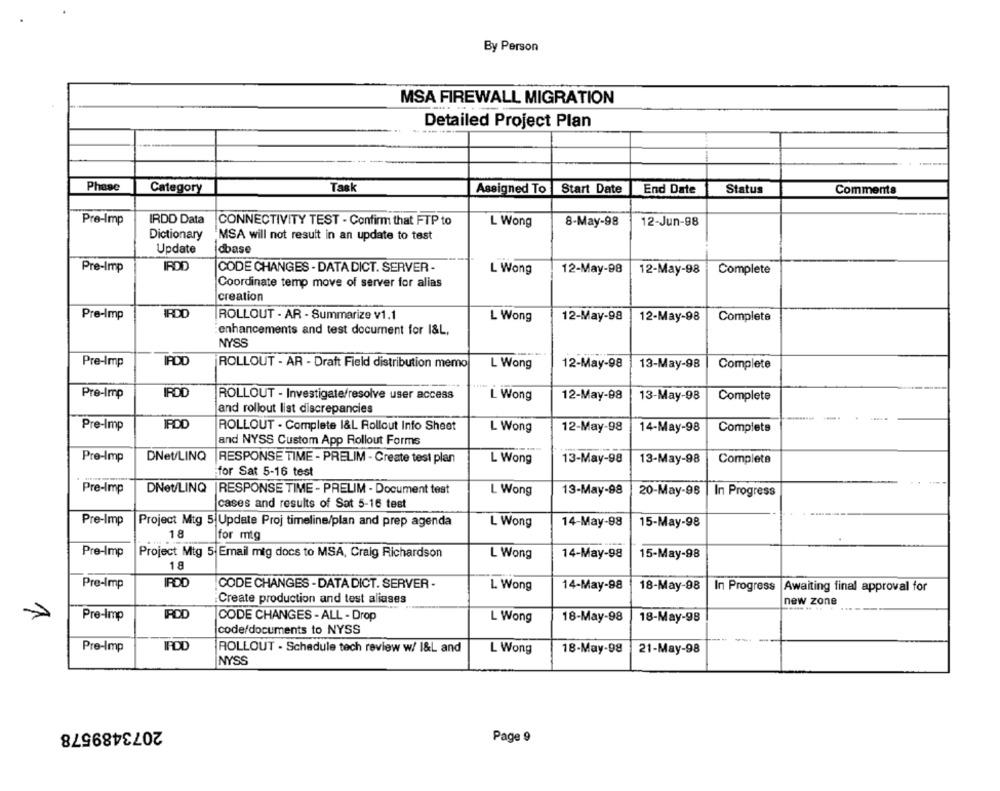
By Person
MSA FIREWALL MIGRATION
Detailed Project Plan
Phase
Category
Task
Assigned To Start Date
End Date
Status
Comments
Pre-Imp
IRDD Data
CONNECTIVITY TEST - Confirm that FTP to
12-Jun-98
L Wong
8-May-98
Dictionary
MSA will not result in an update to test
Update
dbase
Pre-Imp
IRDD
CODE CHANGES - DATA DICT. SERVER-
L Wong
12-May-98
12-May-98
Complete
Coordinate temp move of server for alias
creation
Pre-Imp
IRDO
ROLLOUT - AR - Summarize v1.1
L Wong
12-May-98
12-May-98
Complete
enhancements and test document for I&L,
NYSS
Pre-Imp
PDC
ROLLOUT - AR - Draft Field distribution memo
L Wong
12-May-98
13-May-98
Complete
Pre-Imp
IRDI
ROLLOUT - Investigate/resolve user access
L Wong
12-May-98
13-May-98
Complete
and rollout list discrepancies
Pre-Imp
IPDO
ROLLOUT - Complete I&L Rollout Info Sheet
12-May-98
L Wong
14-May-98
Complets
and NYSS Custom App Rollout Forms
Pre-Imp
DNet/LINQ
L Wong
13-May-98
13-May-98
Complete
RESPONSE TIME - PRELIM - Create test plan
for Sat 5-16 test
Pre-Imp
DNet/LINQ
RESPONSE TIME - PRELIM - Document test
L Wong
13-May-98
20-May-98
In Progress
cases and results of Sat 5-16 test
Pre-Imp
L Wong
14-May-98
Project Mtg 5|Update Proj timeline/plan and prep agenda
15-May-98
18
for mtg
Pre-Imp
Project Mtg 5| Email mig docs to MSA, Craig Richardson
L Wong
14-May-98
15-May-98
18
Pre-Imp
IPDO
CODE CHANGES - DATA DICT. SERVER -
L. Wong
14-May-98
18-May-98
In Progress
Awaiting final approval for
Create production and test aliases
new zone
..... .. .
Pre-Imp
CODE CHANGES - ALL - Drop
L Wong
18-May-98
18-May-98
code/documents to NYSS
Pre-Imp
ROLLOUT - Schedule tech review w/ 1&L and
L Wong
18-May-98
21-May-98
NYSS
2073489578
Page 9